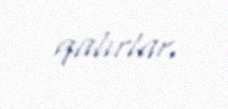
qalırlar.